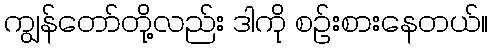
ကျွန်တော်တို့လည်း ဒါကို စဉ်းစားနေတယ်။